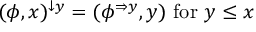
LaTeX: ( \phi , x ) ^ { \downarrow y } = ( \phi ^ { \Rightarrow y } , y ) { \mathrm { ~ f o r ~ } } y \leq x